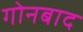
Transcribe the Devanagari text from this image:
गोनबाद